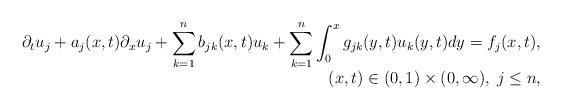
LaTeX: \begin{align*} \begin{array}{ll} \displaystyle\partial_{t}u_j +a_j(x,t)\partial_{x}u_j +\sum_{k=1}^{n}b_{jk}(x,t)u_k +\sum_{k=1}^{n}\int_{0}^{x}g_{jk}(y,t)u_k(y,t)dy= f_j(x,t),\\\qquad\qquad\qquad\qquad\qquad\qquad\qquad\qquad\qquad\;\;\; (x,t)\in(0,1)\times(0,\infty),\; j\le n,& \end{array} \end{align*}